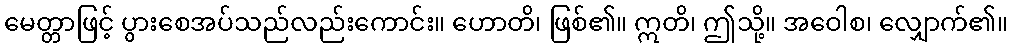
မေတ္တာဖြင့် ပွားစေအပ်သည်လည်းကောင်း။ ဟောတိ၊ ဖြစ်၏။ ဣတိ၊ ဤသို့။ အဝေါစ၊ လျှောက်၏။